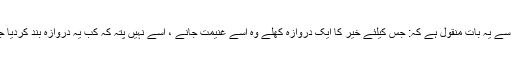
سلف سے یہ بات منقول ہے کہ: جس کیلئے خیر کا ایک دروازہ کھلے وہ اسے غنیمت جانے ، اسے نہیں پتہ کہ کب یہ دروازہ بند کردیا جائے۔